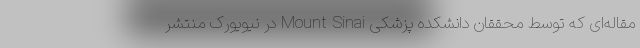
مقاله‌ای که توسط محققان دانشکده پزشکی Mount Sinai در نیویورک منتشر